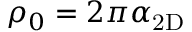
\rho _ { 0 } = 2 \pi \alpha _ { \mathrm { 2 D } }